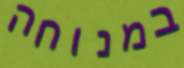
במנוחה